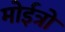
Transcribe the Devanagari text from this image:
मोईत्रो